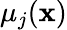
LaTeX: \mu_{j}(\boldsymbol{\mathbf{x}})